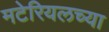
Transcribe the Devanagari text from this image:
मटेरियलच्या